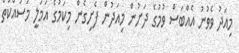
މިއަދު ވެވުނު އެއްބަސް ވުމުގެ ދަށުން މިއަދުން ފެށިގެން މިކަމުގެ އަމަލީ މަސައްކަތް